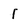
Character: 1